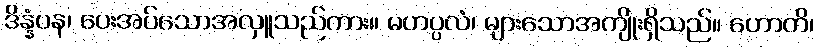
ဒိန္နံပန၊ ပေးအပ်သောအလှူသည်ကား။ မဟပ္ပလံ၊ များသောအကျိုးရှိသည်။ ဟောတိ၊